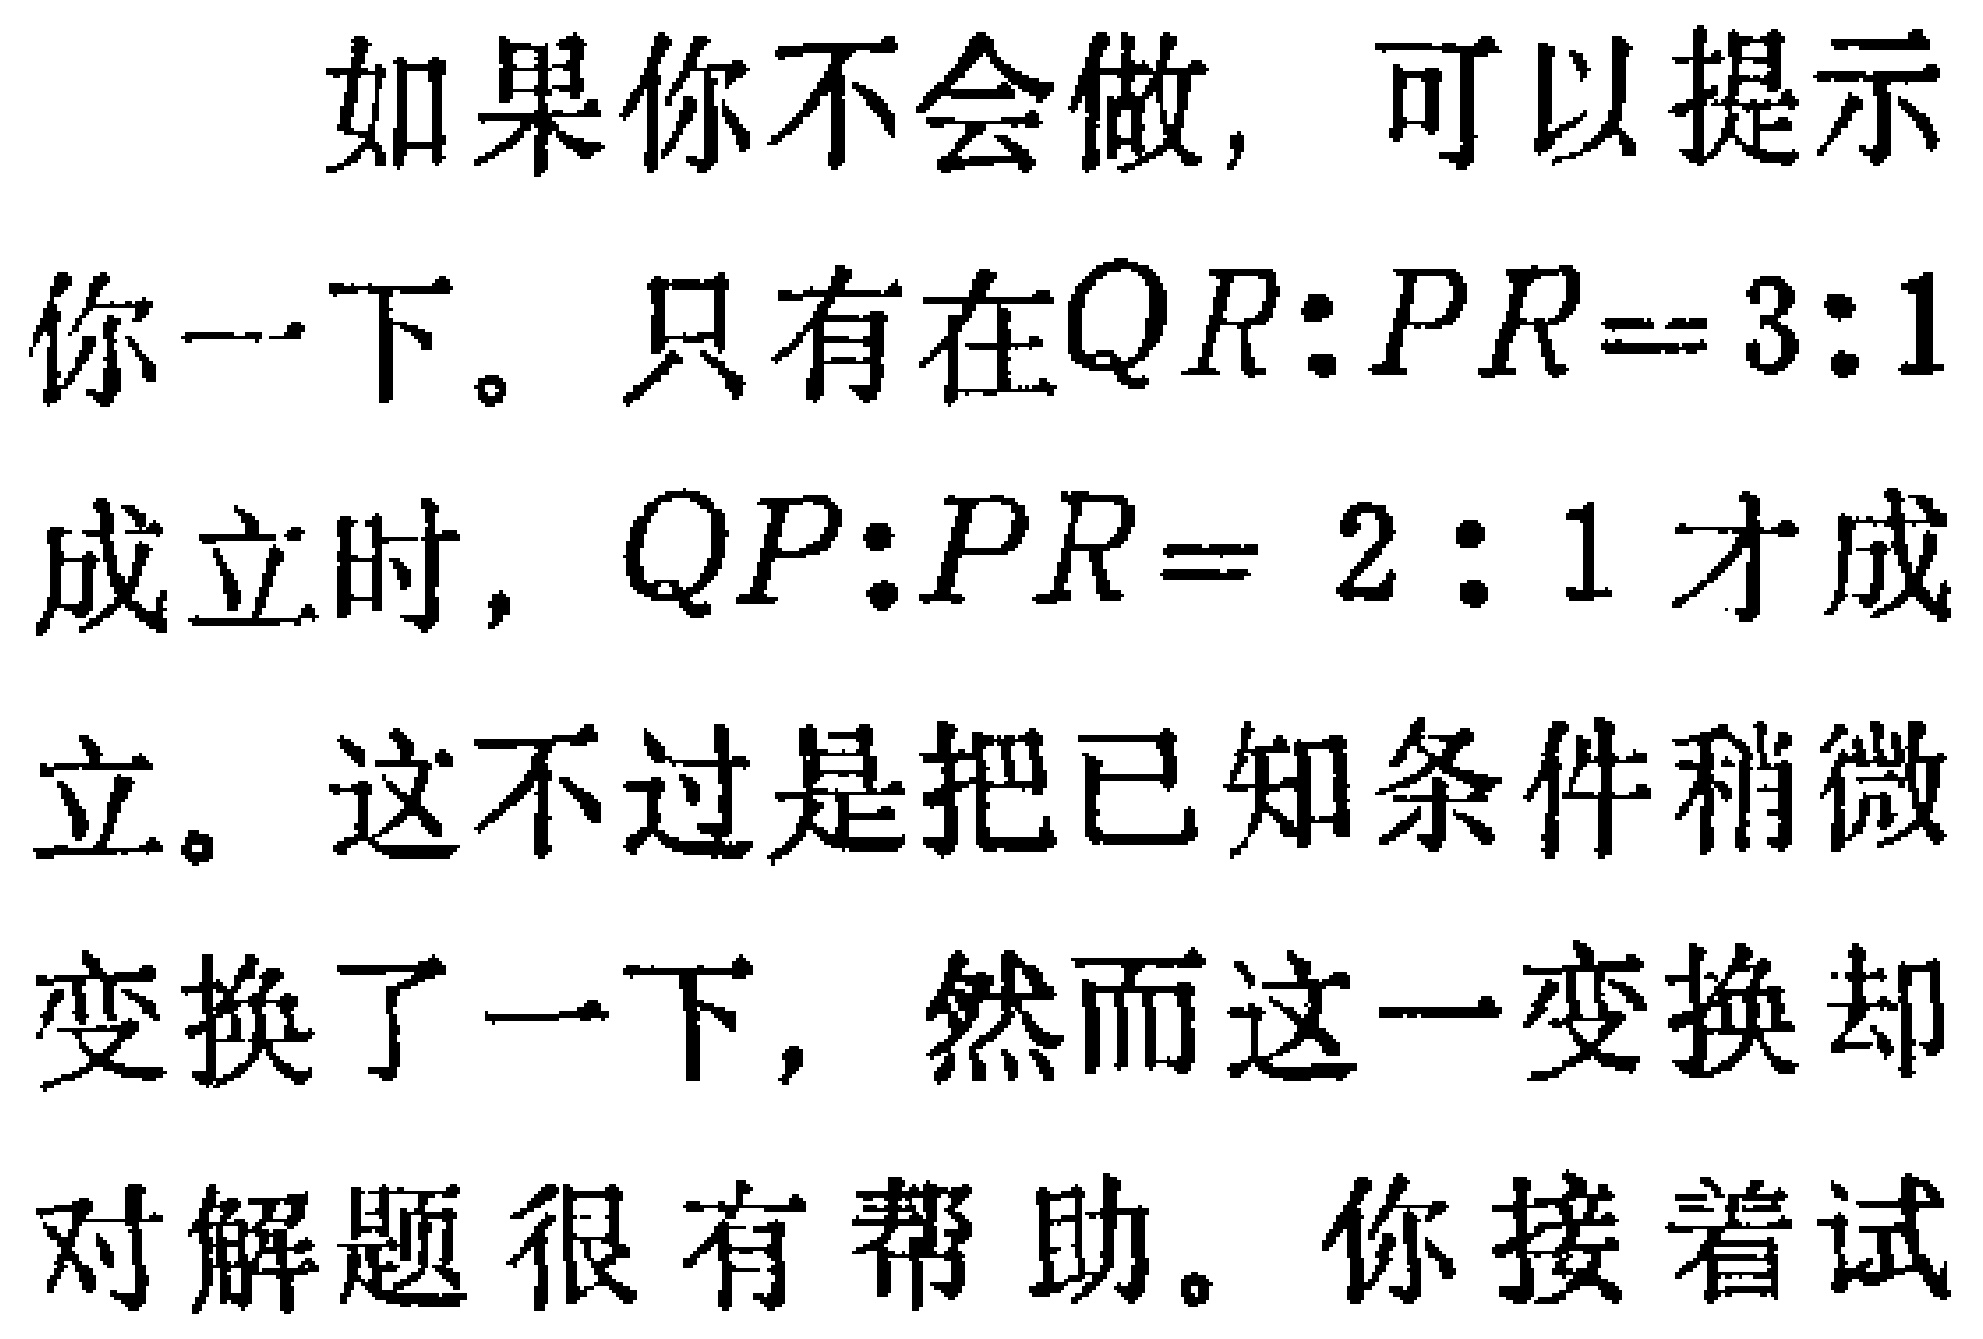
如果你不会做，可以提示

你一下。只有在$QR:PR = 3:1$

成立时，$QP:PR = 2:1$才成

立。这不过是把已知条件稍微

变换了一下，然而这一变换却

对解题很有帮助。你接着试